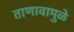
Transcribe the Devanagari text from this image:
ताणावामुळे